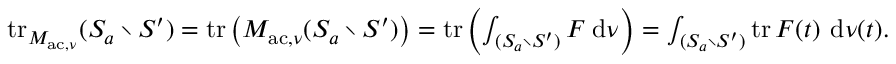
\begin{array} { r } { \operatorname { t r } _ { M _ { \mathrm { a c } , \nu } } ( S _ { a } \setminus S ^ { \prime } ) = \operatorname { t r } \big ( M _ { \mathrm { a c } , \nu } ( S _ { a } \setminus S ^ { \prime } ) \big ) = \operatorname { t r } \left( \int _ { ( S _ { a } \setminus S ^ { \prime } ) } F { \: \mathrm { d } } \nu \right) = \int _ { ( S _ { a } \setminus S ^ { \prime } ) } \operatorname { t r } F ( t ) \, { \: \mathrm { d } } \nu ( t ) . } \end{array}